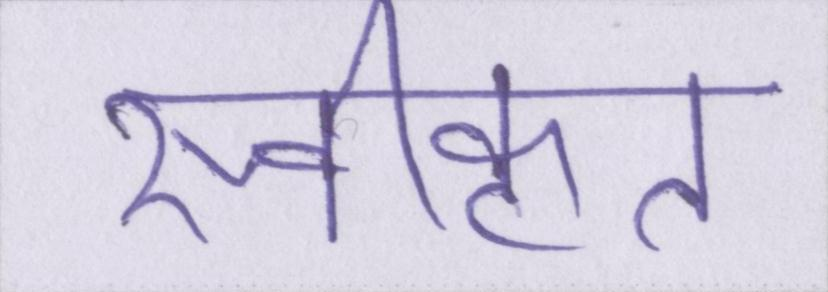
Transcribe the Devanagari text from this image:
स्वीकृत्त